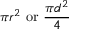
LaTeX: \pi r ^ { 2 } \ { \mathrm { o r } } \ { \frac { \pi d ^ { 2 } } { 4 } } \,